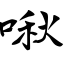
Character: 啾